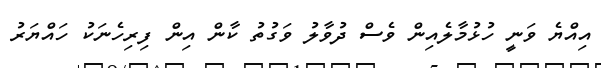
އިއްޔެ ވަނީ ހުޅުމާލެއިން ވެސް ދުވާލު ވަގުތު ކާން އިން ފިރިހެނަކު ހައްޔަރު